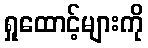
ရှုထောင့်များကို